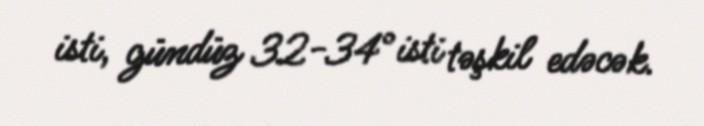
isti, gündüz 32-34° isti təşkil edəcək.